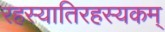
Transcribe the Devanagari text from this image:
रहस्यातिरहस्यकम्